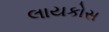
લાયકોસ